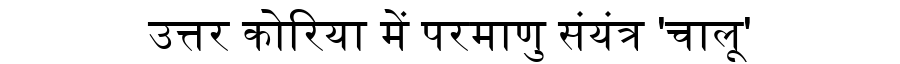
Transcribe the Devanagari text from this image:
उत्तर कोरिया में परमाणु संयंत्र 'चालू'